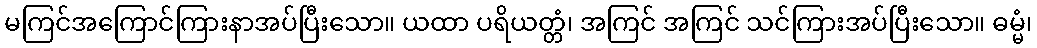
မကြင်အကြောင်ကြားနာအပ်ပြီးသော။ ယထာ ပရိယတ္တံ၊ အကြင် အကြင် သင်ကြားအပ်ပြီးသော။ ဓမ္မံ၊